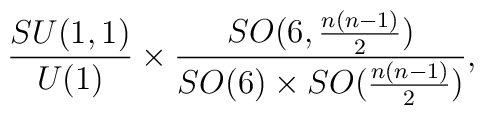
\frac{SU(1,1)}{U(1)}\times \frac{SO(6,\frac{n(n-1)}{2})}{SO(6)\times SO(\frac{n(n-1)}{2}) },